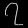
Digit: ၇